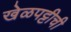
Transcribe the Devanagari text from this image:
खेळपट्टीची